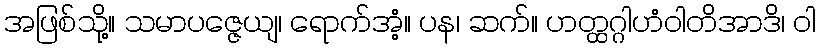
အဖြစ်သို့။ သမာပဇ္ဇေယျ၊ ရောက်အံ့။ ပန၊ ဆက်။ ဟတ္ထဂ္ဂါဟံဝါတိအာဒိ၊ ဝါ